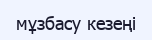
мұзбасу кезеңі